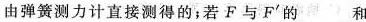
由弹簧测力计直接测得的；若F与F^{\prime} 的___和